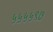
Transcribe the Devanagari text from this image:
५५५५९७